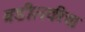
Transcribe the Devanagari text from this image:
वडीलकीचा